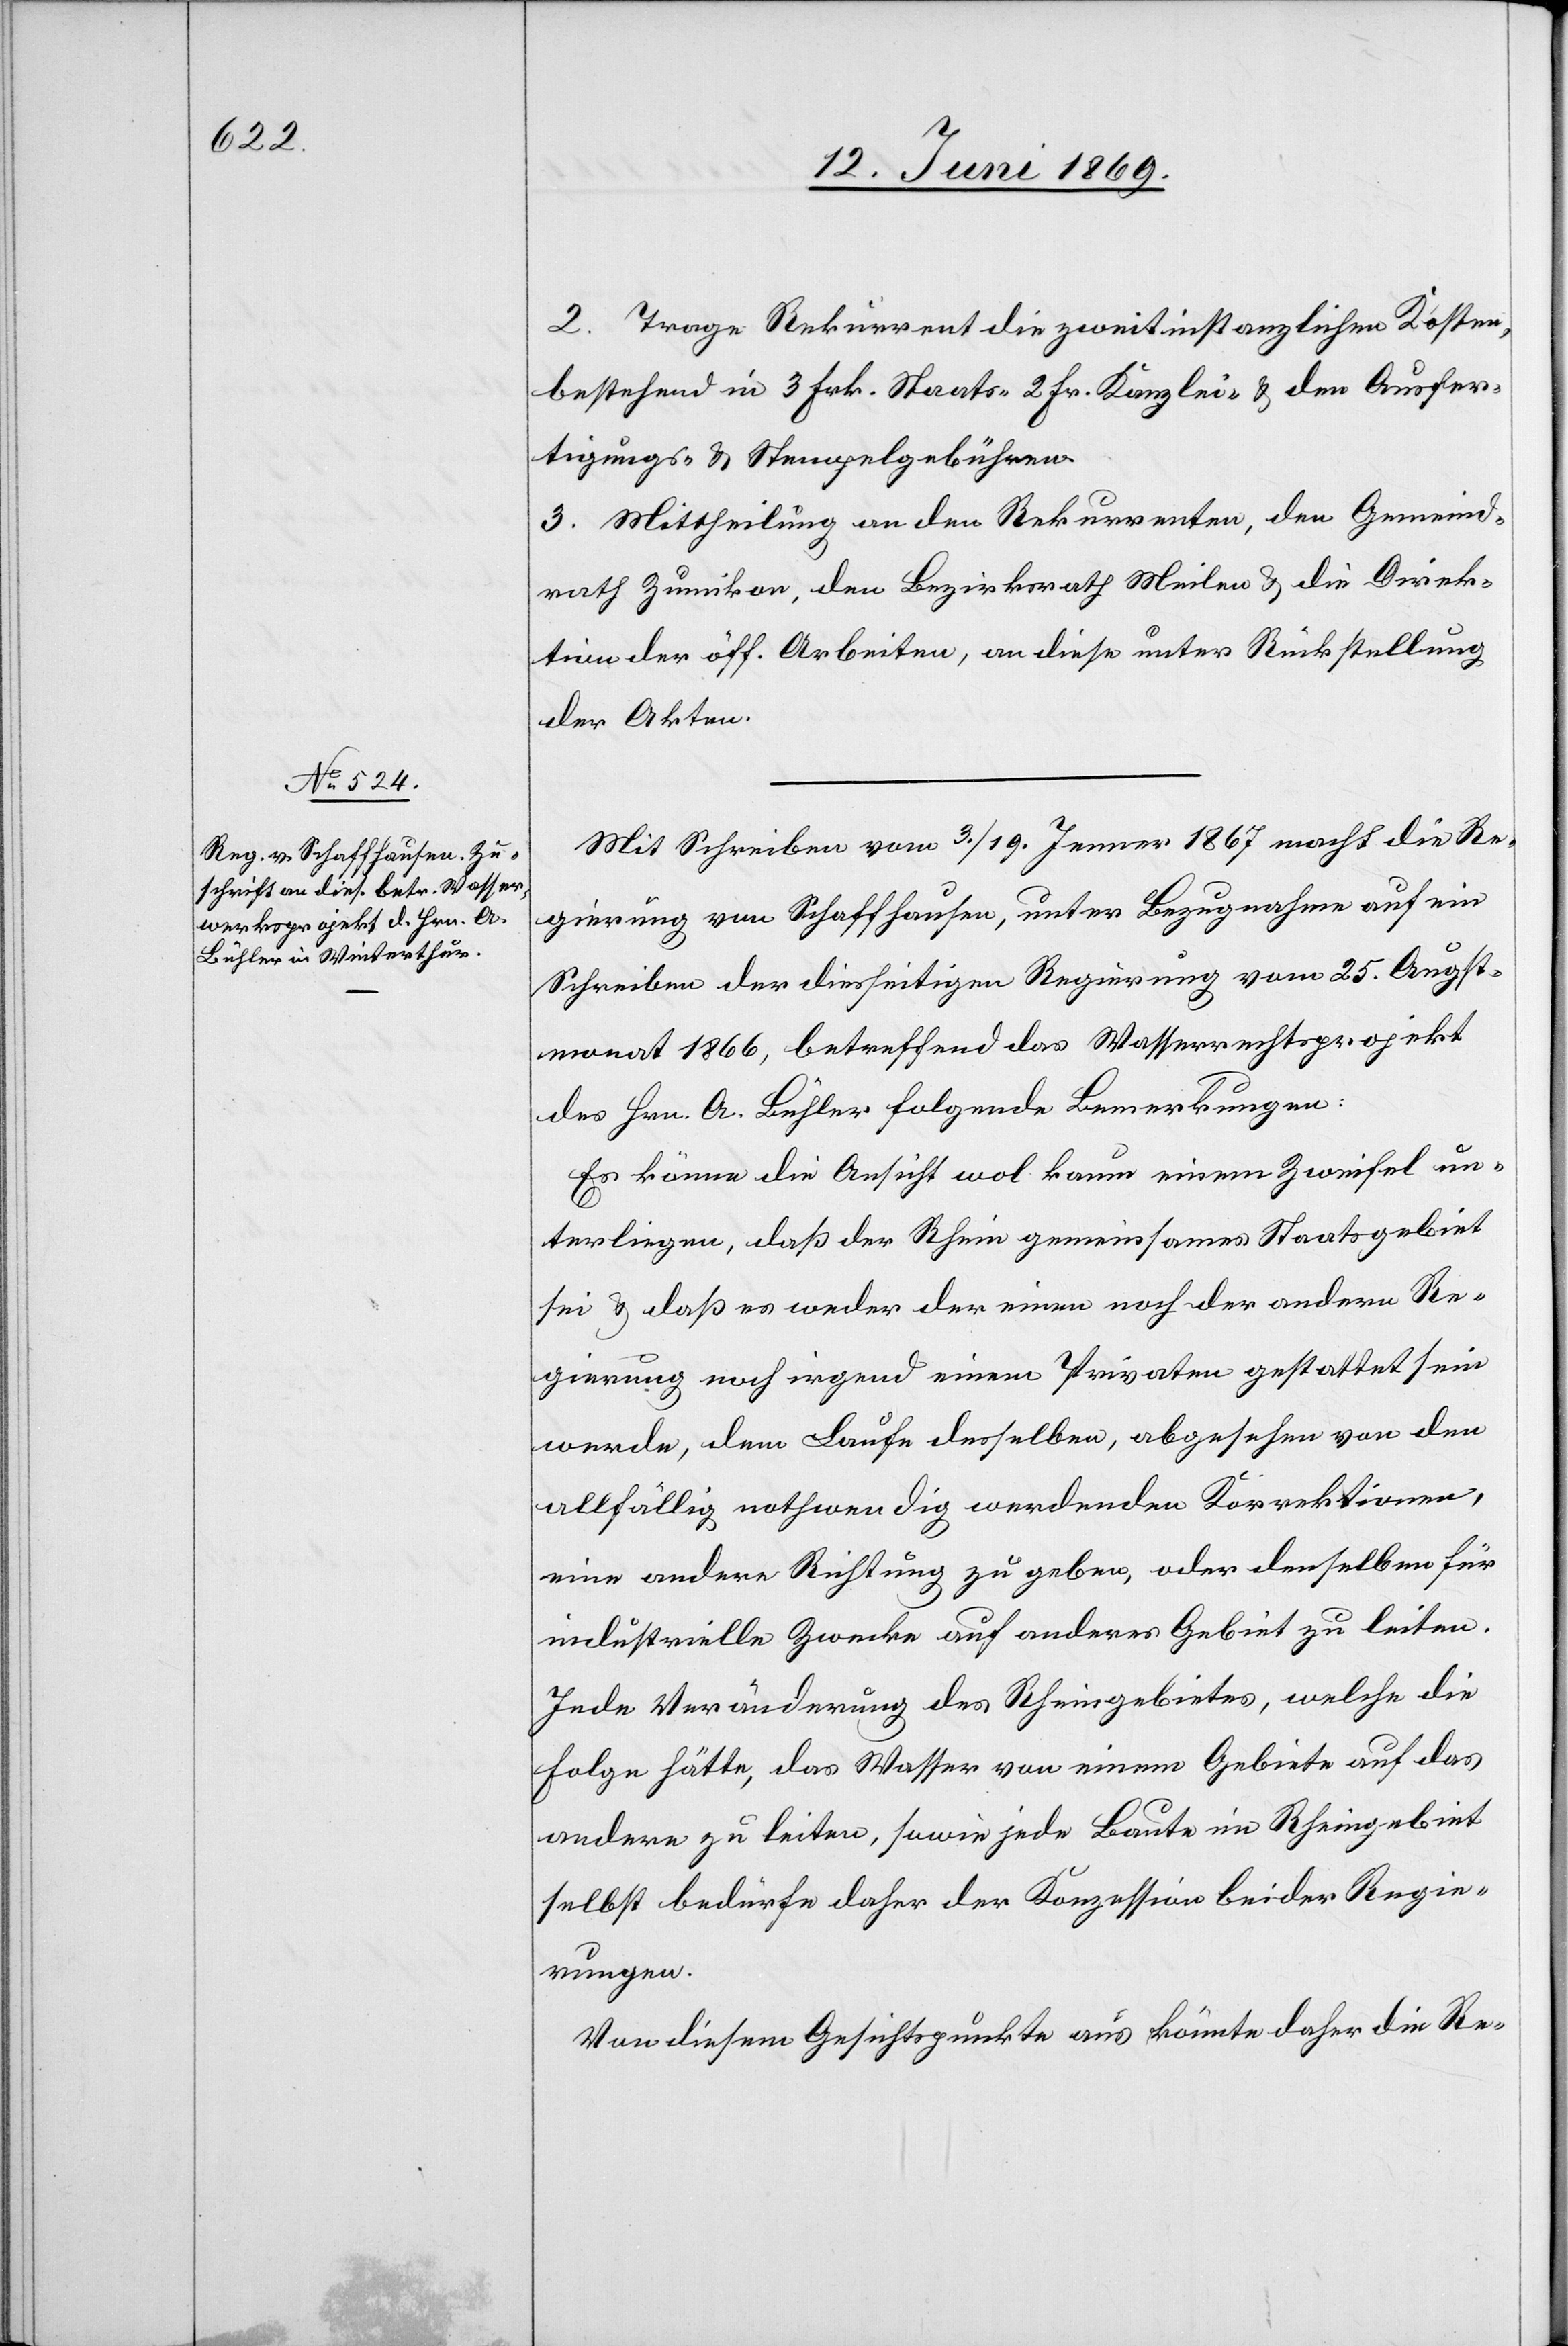
2. Trage Rekurrent die zweitinstanzlichen Kosten,
bestehend in 3 Frk. Staats-[,] 2 Fr. Kanzlei- u. den Ausfer¬
tigungs- u. Stempelgebühren.
3. Mittheilung an den Rekurrenten, den Gemeind¬
rath Zumikon, den Bezirksrath Meilen u. die Direk¬
tion der öff. Arbeiten, an diese unter Rückstellung
der Akten.
Mit Schreiben vom 3/19 Jenner 1867 macht die Re¬
gierung von Schaffhausen, unter Bezugnahme auf ein
Schreiben der diesseitigen Regierung vom 25 Augst¬
monat 1866, betreffend das Wasserrechtsprojekt
des Hrn. A. Bühler folgende Bemerkungen:
Es könne die Ansicht wol kaum einem Zweifel un¬
terliegen, daß der Rhein gemeinsames Staatsgebiet
sei u. daß es weder der einen noch der andern Re¬
gierung noch irgend einem Privaten gestattet sein
werde, dem Laufe desselben, abgesehen von den
allfällig nothwendig werdenden Korrektionen,
eine andere Richtung zu geben, oder denselben für
industrielle Zwecke auf anderes Gebiet zu leiten.
Jede Veränderung des Rheingebietes, welche die
Folge hätte, das Wasser von einem Gebiete auf das
andere zu leiten, sowie jede Baute im Rheingebiet
selbst bedürfe daher der Konzession beider Regie¬
rungen.
Von diesem Gesichtspunkte aus könnte daher die Re-